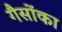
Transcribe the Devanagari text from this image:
गैसोंका